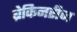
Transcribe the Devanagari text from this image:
ब्रेकिनरीज